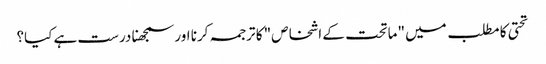
تحتی کا مطلب میں "ماتحت کے اشخاص" کا ترجمہ کرنا اور سمجھنا درست ہے کیا؟